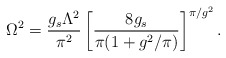
\begin{align*}\Omega^2=\frac{g_s\Lambda^2}{\pi^2}\left[\frac{8g_s}{\pi(1+g^2/\pi)}\right]^{\pi/g^2}.\end{align*}